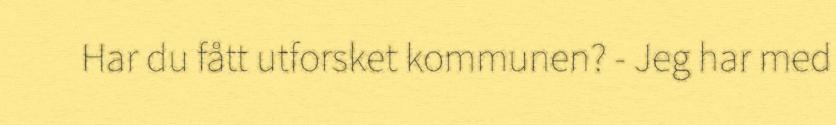
Har du fått utforsket kommunen? - Jeg har med